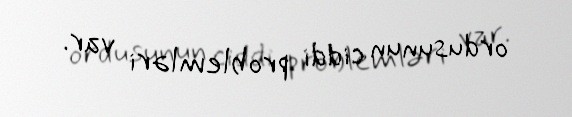
ordusunun ciddi problemləri var.